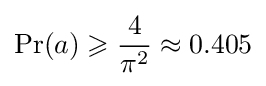
\Pr(a)\geqslant {\frac {4}{\pi ^{2}}}\approx 0.405